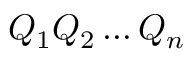
Q _ { 1 } Q _ { 2 } \dots Q _ { n }